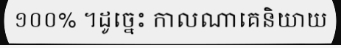
១០០% ។ដូច្នេះ កាលណាគេនិយាយ